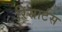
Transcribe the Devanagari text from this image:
रिसार्टस